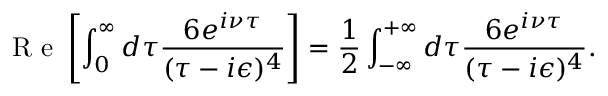
\textrm { R e } \left[ \int _ { 0 } ^ { \infty } d \tau \frac { 6 e ^ { i \nu \tau } } { ( \tau - i \epsilon ) ^ { 4 } } \right] = \frac { 1 } { 2 } \int _ { - \infty } ^ { + \infty } d \tau \frac { 6 e ^ { i \nu \tau } } { ( \tau - i \epsilon ) ^ { 4 } } .